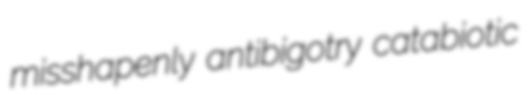
misshapenly antibigotry catabiotic